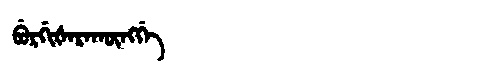
Manchu: ᠪᡠᡵᡤᡳᡧᠠᡵᠠᡴᡡᠩᡤᡝ
Romanization: BURGIŠARAKŪNGGE